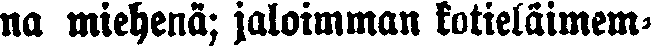
na miehenä; jaloimman kotieläimem-